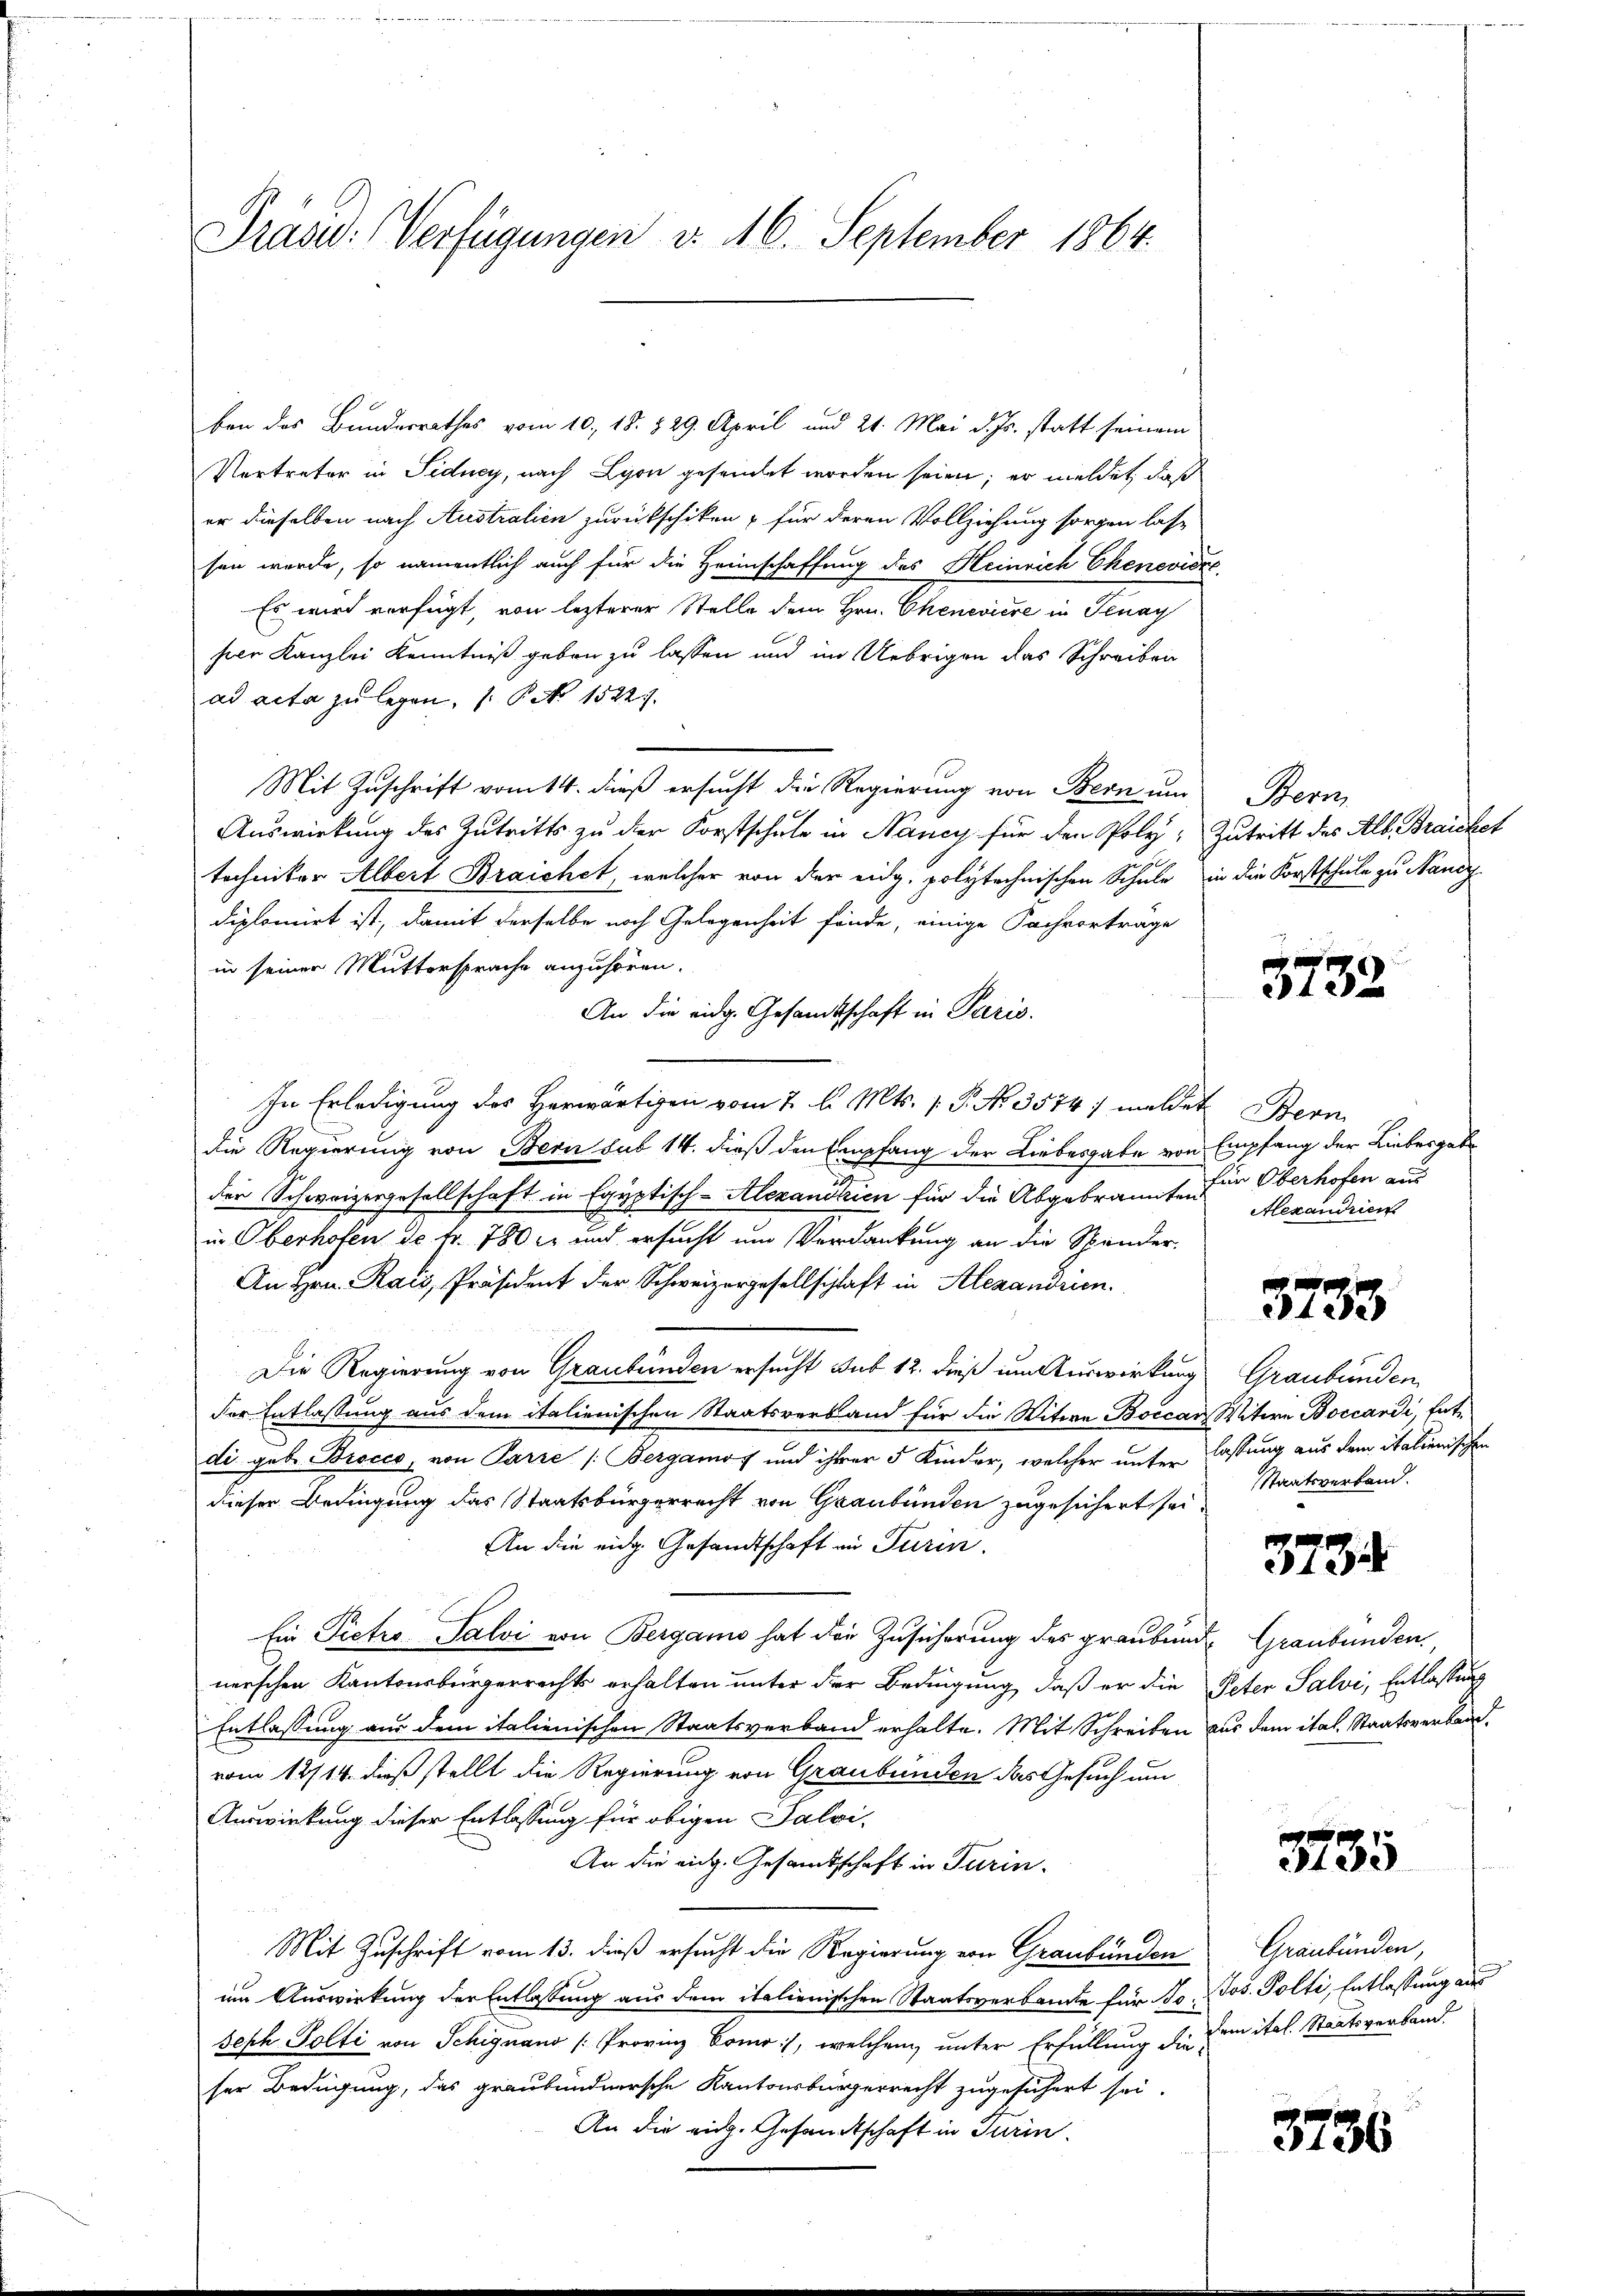
Präsid. Verfügungen d. 16. September 1864.

ben des Bundesrathes vom 10. 18. 829. April und 21. Mai d. Js. statt seinem
Vertreter in Sidney, nach Lyon gesandet worden seien; er meldet, daß
er dieselben nach Australien zurückschiken & für deren Vollziehung sorgen las-
sen werde, so namentlich auch für die Heimschaffung des Heinrich Chenevidie
Es wird verfügt, von lezterer Stelle dem Hrn. Chenevière in Senay
hier Kanzlei Kenntniß geben zu lassen und im Uebrigen das Schreiben
ad acta zu legen, No 1522
Mit Zuschrift vom 14. dieß ersucht die Regierung von Bern um Bern
Auswirkung des Zutritts zu der Forstschule in Nancy für den Poly- Zutritt des Alb. Braichet
techniker Albert Braichet, welcher von der eidg. polytechnischen Schule in die Forstschule zu Nancy
diplomirt ist, damit derselbe noch Gelegenheit finde, einige Sachvorträge
in seiner Muttersprache anzuhören.
An die eidg. Gesamtschaft in Paris.
In Erledigung des Herwärtigen vom 7. d. Mts. v. P. No. 3574 meldet Bern
die Regierung von Bern sub 14. dieß den Empfang der Liebesgabe von Empfang der Liebesgabe
der Schweizergesellschaft in Egyptisch-Alexanderien für die Abgebrannten
u. Oberhofen de fr. 780 l. und ersucht um Verdankung an die Spander-
An Hrn. Rais, Präsident der Schweizergesellschlaft in Alexandrin.
Die Regierung von Graubünden ersucht sub 12. dieß um Auswirkung Graubünden,
der Entlassung aus dem italienischen Staatsverband für die Witwe Boccar Witwe Boccardi, Entdi geb. Broces, von Parre /: Bergamos und ihrer 5 Kinder, welcher unter lassung aus dem italienischen
dieser Bedingung das Staatsbürgerrecht von Graubünden zugesichert sei.
An die eidg. Gesandtschaft in Turin
Ein Pietro Salvi von Bergamo hat die Zusicherung des graubend Graubünden,
nerschen Kantonsbürgerrechts erhalten unter der Bedingung, daß er die Peter Salvi, Entlassung
Entlassung aus dem italienischen Staatsverband erhalte. Mit Schreiben aus dem ital. Staatsverbandvom 12/14. dieß stellt die Regierung von Graubünden das Gesuch um
Auswirkung dieser Entlassung für obigen Salvi-
An die eidg. Gesandtschaft in Turin.
Mit Zuschrift vom 13. dieß ersucht die Regierung von Graubünden Graubünden,
um Auswirkung der Entlassung aus dem italienischen Staatsverbrucke für d. Jos. Polti, Entlassung aus
Seph Polti von Schignano [Provinz Bomo:/, welchem unter Erfüllung der Junital. Staatsverband
ser Bedigung, das graubündnersche Kantonsbürgerrecht zugesichert sei.
An die eidg. Gesandtschaft in Turin

3732

für Oberhofen aus
Alexandrien

3733

Staatsverband.

3734

3735

3736